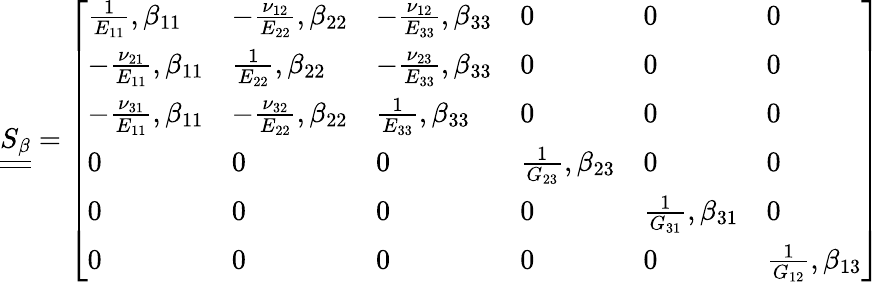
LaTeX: \underline{{\underline{{S_{\beta}}}}}=\left[\begin{array}{llllll}{\frac{1}{E_{11}},\beta_{11}}&{-\frac{\nu_{12}}{E_{22}},\beta_{22}}&{-\frac{\nu_{12}}{E_{33}},\beta_{33}}&{0}&{0}&{0}\\ {-\frac{\nu_{21}}{E_{11}},\beta_{11}}&{\frac{1}{E_{22}},\beta_{22}}&{-\frac{\nu_{23}}{E_{33}},\beta_{33}}&{0}&{0}&{0}\\ {-\frac{\nu_{31}}{E_{11}},\beta_{11}}&{-\frac{\nu_{32}}{E_{22}},\beta_{22}}&{\frac{1}{E_{33}},\beta_{33}}&{0}&{0}&{0}\\ {0}&{0}&{0}&{\frac{1}{G_{23}},\beta_{23}}&{0}&{0}\\ {0}&{0}&{0}&{0}&{\frac{1}{G_{31}},\beta_{31}}&{0}\\ {0}&{0}&{0}&{0}&{0}&{\frac{1}{G_{12}},\beta_{13}}\end{array}\right]